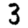
Digit: 3